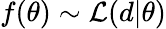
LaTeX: f(\theta)\sim{\cal L}(d|\theta)